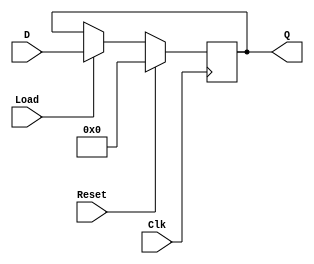
`timescale 1 ns / 1 ps

module lab_6_1_1(D,Clk,Reset,Load,Q);
    input wire[3:0] D;
    input wire Clk;
    input wire Reset;
    input wire Load;
    output reg[3:0] Q;

    always @(posedge Clk)
        if(Reset)
          begin
            Q <= 4'b0;
          end
        else if(Load)
          begin
              Q <= D;
          end
        
endmodule